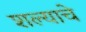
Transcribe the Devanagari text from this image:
शल्याचे